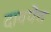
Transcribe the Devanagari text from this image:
दावपेंच